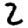
Digit: 2